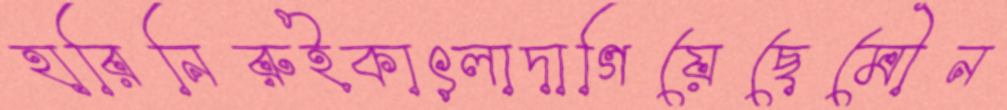
হারিনিরুইকাৎলাদাগিয়েছেমৌন